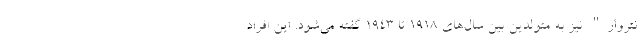
نتروار" نیز به متولدین بین سال‌های 1918 تا 1943 گفته می‌شود. این افراد